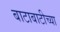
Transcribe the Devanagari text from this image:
बाटाबाटीच्या